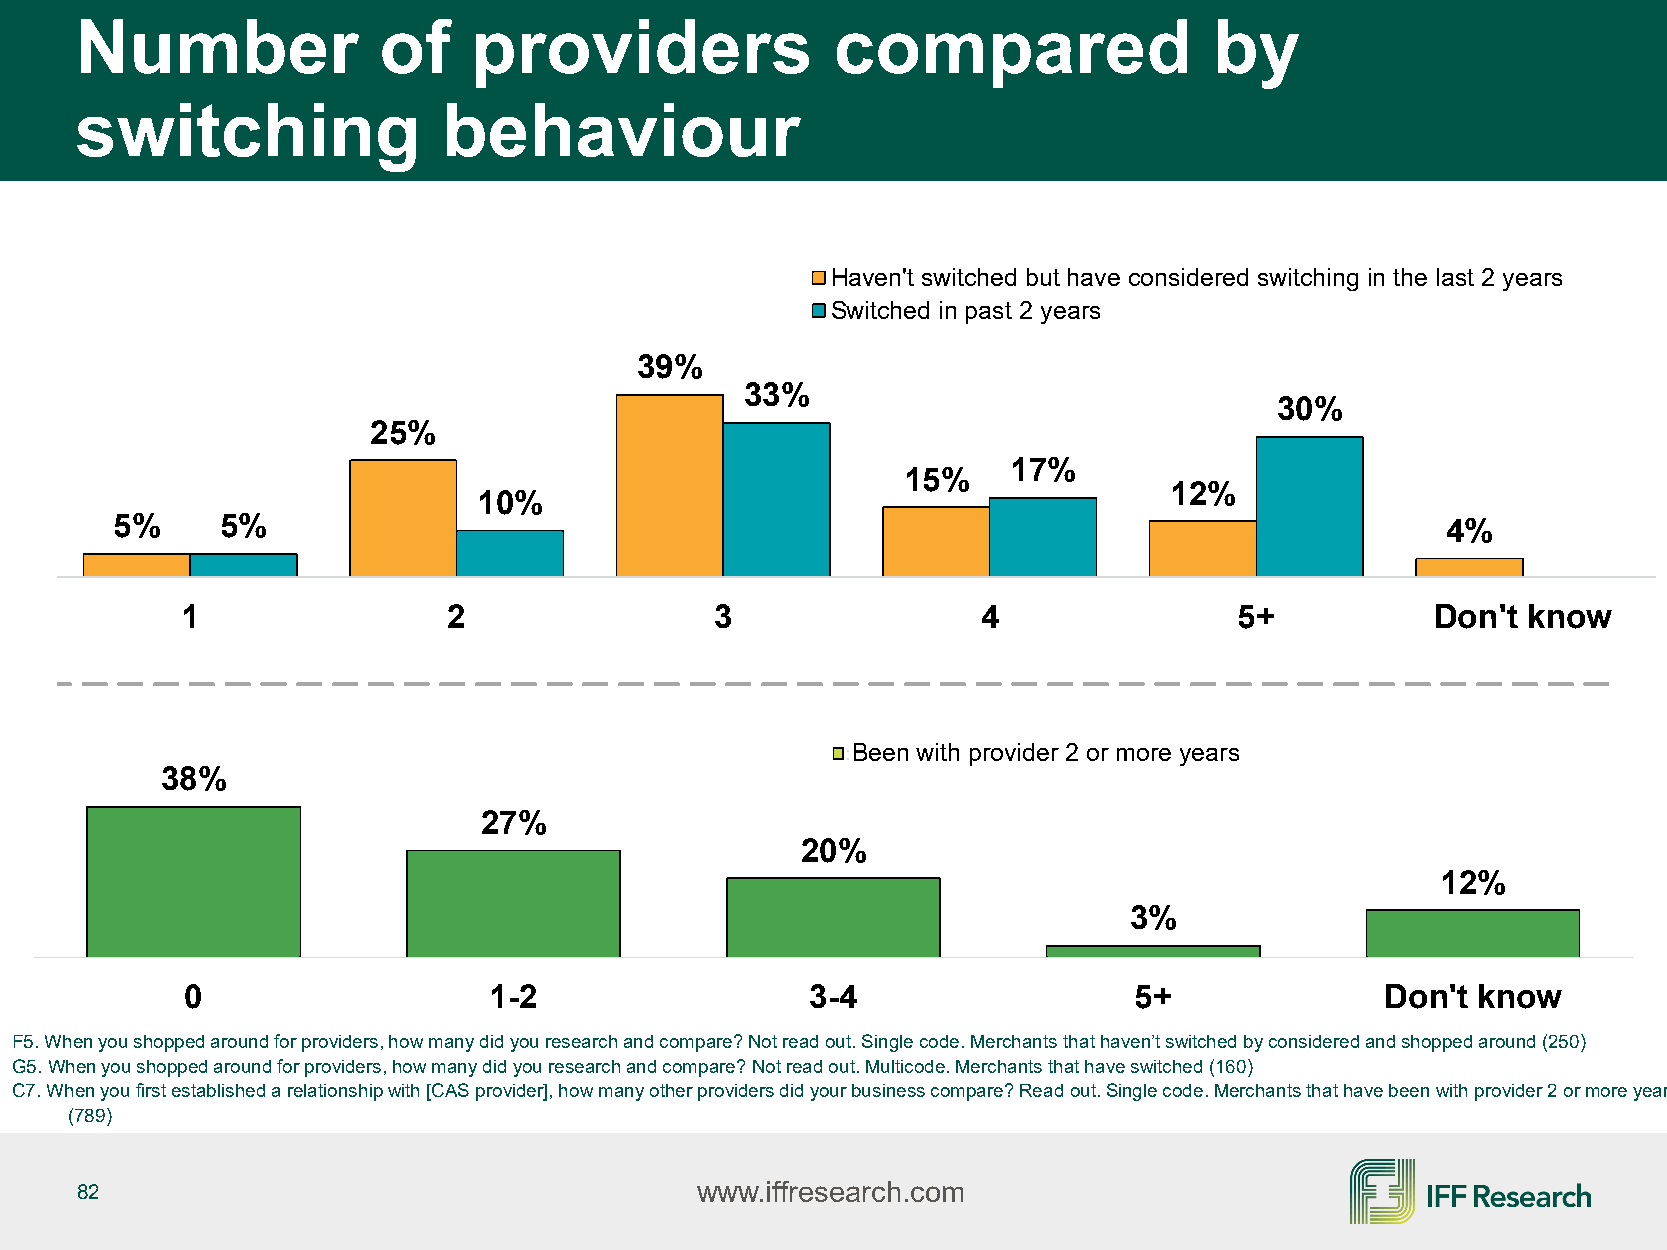
Number              of    providers               compared                 by
 switching               behaviour
 Haven't switched but have considered switching in the last 2 years
 Switched in past 2 years
 39%
 33%
 30%
 25%
 17%
 15%
 12%
 10%
 5%      5%                                                                               4%
 1                 2                3                 4                5+           Don't know
 Been with provider 2 or more years
 38%
 27%
 20%
 12%
 3%
 0                   1-2                   3-4                  5+               Don't know
 F5. When you shopped around for providers, how many did you research and compare? Not read out. Single code. Merchants that haven’t switched by considered and shopped around (250)
 G5. When you shopped around for providers, how many did you research and compare? Not read out. Multicode. Merchants that have switched (160)
 C7. When you first established a relationship with [CAS provider], how many other providers did your business compare? Read out.Single code. Merchants that have been with provider 2 or more year
 (789)
 82                                       www.iffresearch.com